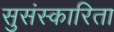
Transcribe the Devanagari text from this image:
सुसंस्कारिता